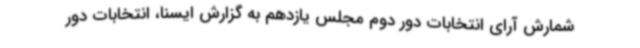
شمارش آرای انتخابات دور دوم مجلس یازدهم به گزارش ایسنا، انتخابات دور